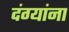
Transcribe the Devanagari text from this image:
दंग्यांना